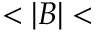
< | B | <